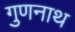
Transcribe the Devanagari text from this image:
गुणनाथ